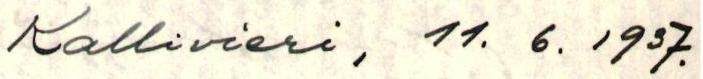
Kallivieri, 11.6.1937.